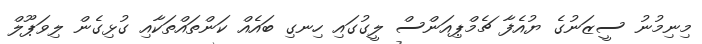
މިނިމުނު ސީޒަނުގެ ޔުއެފާ ޗެމްޕިއަންސް ލީގުގައި ހިނގި ބައެއް ކަންތައްތަކާއި ގުޅިގެން ލިވަޕޫލް